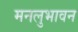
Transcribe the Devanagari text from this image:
मनलुभावन